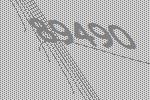
89490